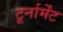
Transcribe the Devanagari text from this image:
टूर्नार्मेंट